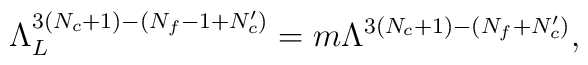
\Lambda_L^{3(N_c+1)-(N_f-1+N_c')}=m\Lambda^{3(N_c+1)-(N_f+N_c')},